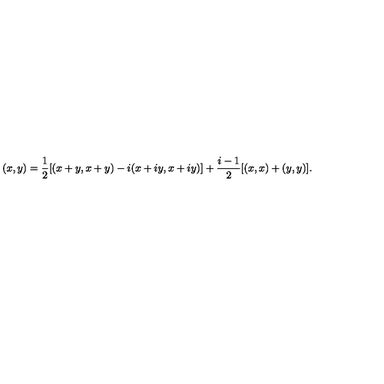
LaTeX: ( x , y ) = \frac { 1 } { 2 } [ ( x + y , x + y ) - i ( x + i y , x + i y ) ] + \frac { i - 1 } { 2 } [ ( x , x ) + ( y , y ) ] .